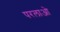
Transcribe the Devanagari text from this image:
परलाओ